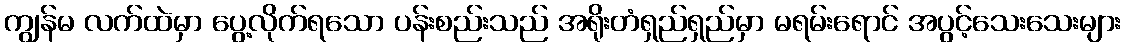
ကျွန်မ လက်ထဲမှာ ပွေ့လိုက်ရသော ပန်းစည်းသည် အရိုးတံရှည်ရှည်မှာ မရမ်းရောင် အပွင့်သေးသေးများ